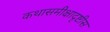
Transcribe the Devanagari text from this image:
कथासमीक्षादृष्टीस